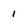
Character: 1